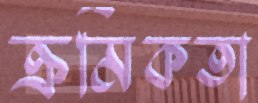
ক্রমিকতা